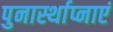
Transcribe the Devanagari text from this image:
पुनार्स्थाप्नाएं